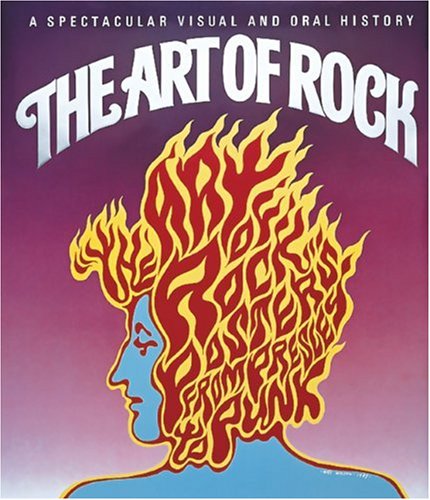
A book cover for The Art of Rock: Posters from Presley to Punk; Paul D. Grushkin; Crafts, Hobbies & Home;